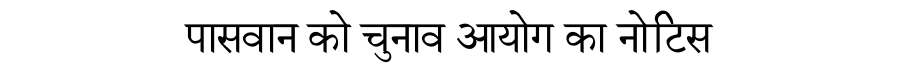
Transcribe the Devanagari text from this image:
पासवान को चुनाव आयोग का नोटिस